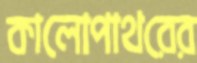
কালোপাথরের